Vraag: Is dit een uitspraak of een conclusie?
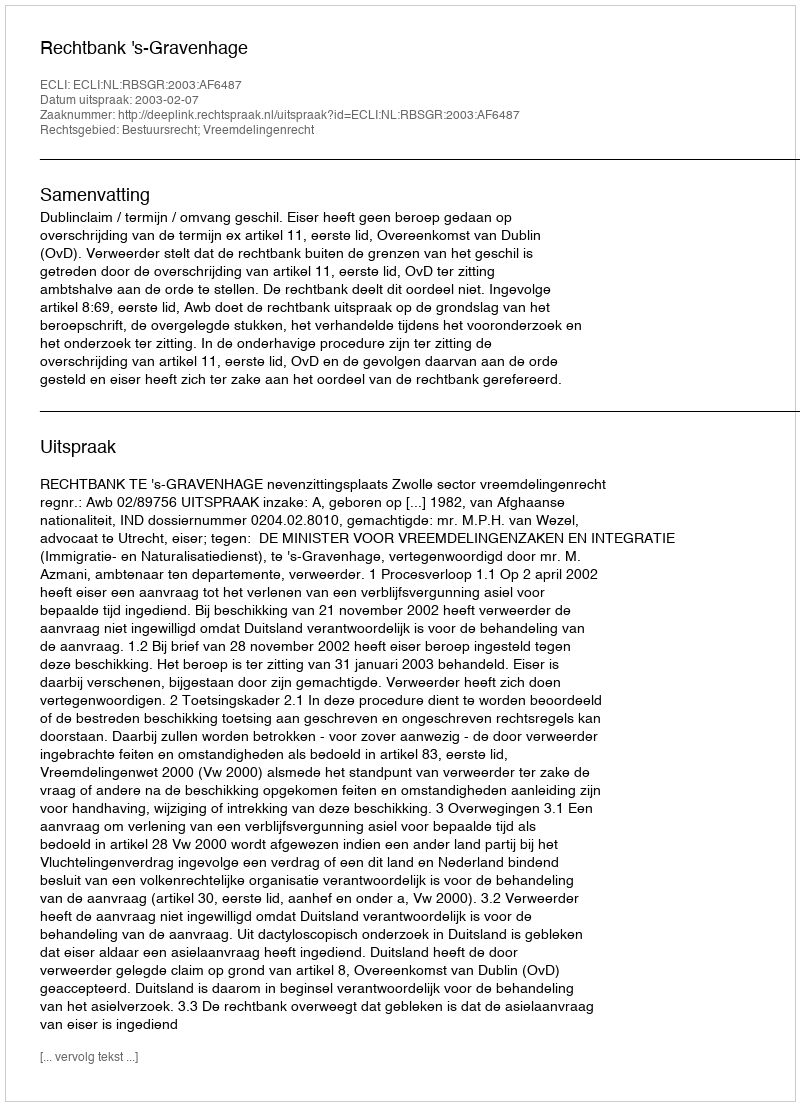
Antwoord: Uitspraak